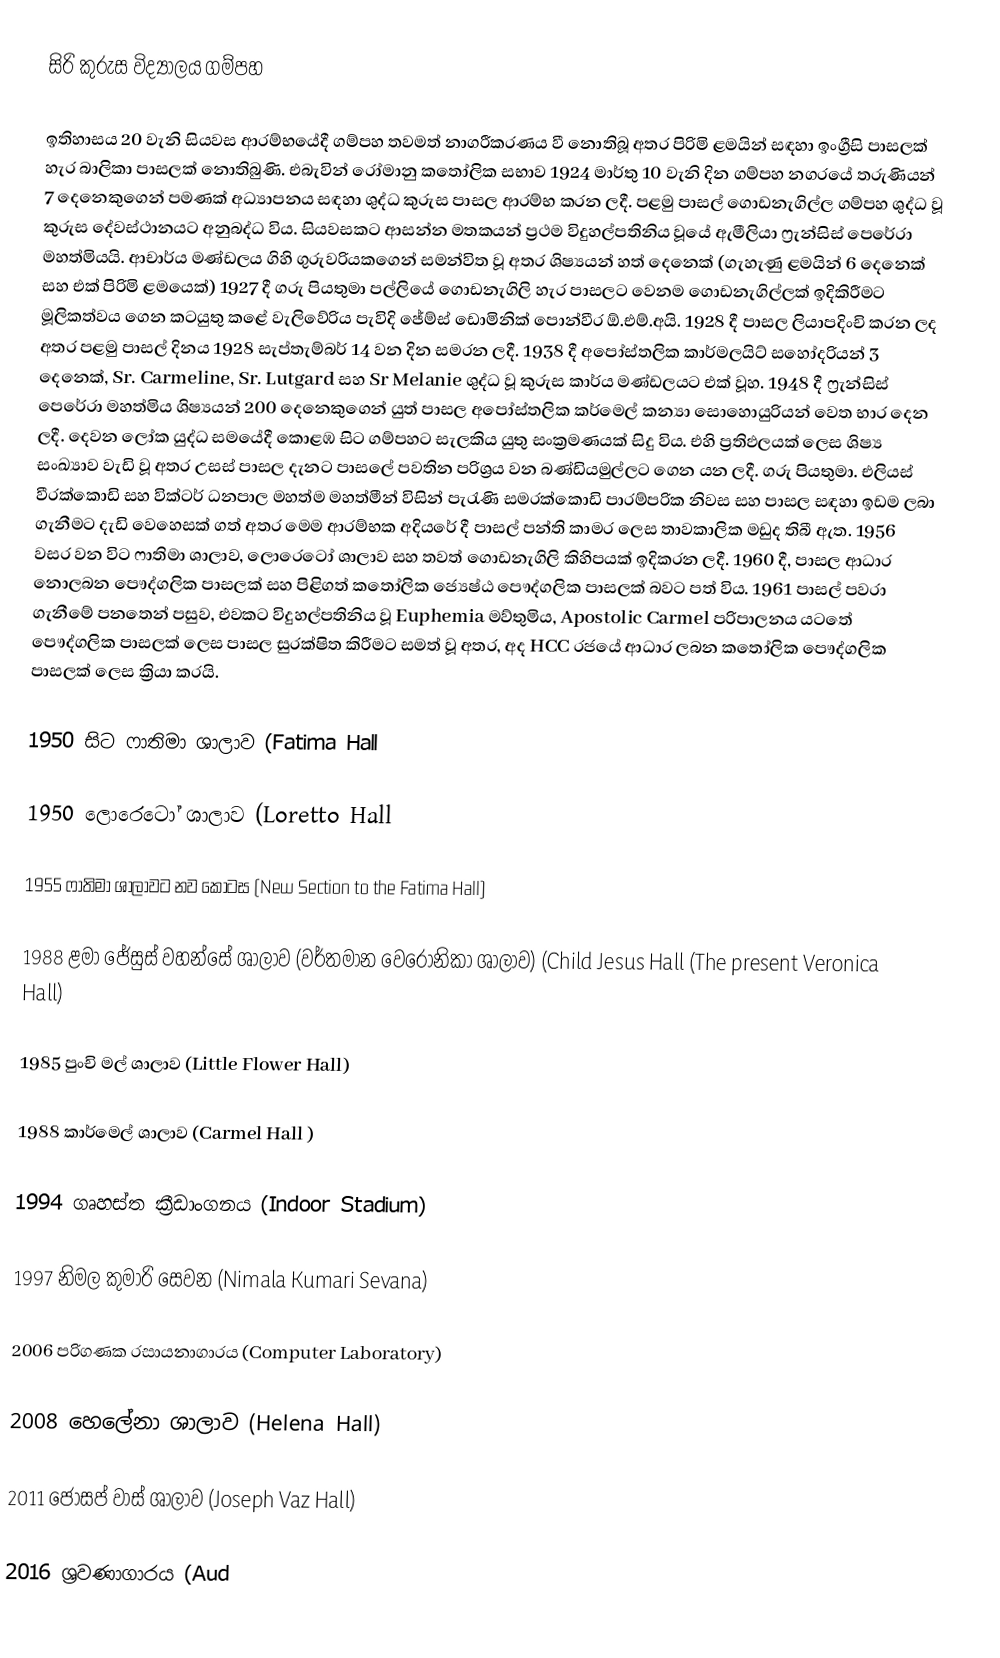
සිරි කුරුස විද්‍යාලය ගම්පහ

ඉතිහාසය 20 වැනි සියවස ආරම්භයේදී ගම්පහ තවමත් නාගරීකරණය වී නොතිබූ අතර පිරිමි ළමයින් සඳහා ඉංග්‍රීසි පාසලක් හැර බාලිකා පාසලක් නොතිබුණි. එබැවින් රෝමානු කතෝලික සභාව 1924 මාර්තු 10 වැනි දින ගම්පහ නගරයේ තරුණියන් 7 දෙනෙකුගෙන් පමණක් අධ්‍යාපනය සඳහා ශුද්ධ කුරුස පාසල ආරම්භ කරන ලදී. පළමු පාසල් ගොඩනැගිල්ල ගම්පහ ශුද්ධ වූ කුරුස දේවස්ථානයට අනුබද්ධ විය. සියවසකට ආසන්න මතකයන් ප්‍රථම විදුහල්පතිනිය වූයේ ඇමීලියා ෆ්‍රැන්සිස් පෙරේරා මහත්මියයි. ආචාර්ය මණ්ඩලය ගිහි ගුරුවරියකගෙන් සමන්විත වූ අතර ශිෂ්‍යයන් හත් දෙනෙක් (ගැහැණු ළමයින් 6 දෙනෙක් සහ එක් පිරිමි ළමයෙක්) 1927 දී ගරු පියතුමා පල්ලියේ ගොඩනැගිලි හැර පාසලට වෙනම ගොඩනැගිල්ලක් ඉදිකිරීමට මූලිකත්වය ගෙන කටයුතු කළේ වැලිවේරිය පැවිදි ජේම්ස් ඩොමිනික් පොන්වීර ඕ.එම්.අයි. 1928 දී පාසල ලියාපදිංචි කරන ලද අතර පළමු පාසල් දිනය 1928 සැප්තැම්බර් 14 වන දින සමරන ලදී. 1938 දී අපෝස්තලික කාර්මලයිට් සහෝදරියන් 3 දෙනෙක්, Sr. Carmeline, Sr. Lutgard සහ Sr Melanie ශුද්ධ වූ කුරුස කාර්ය මණ්ඩලයට එක් වූහ. 1948 දී ෆ්‍රැන්සිස් පෙරේරා මහත්මිය ශිෂ්‍යයන් 200 දෙනෙකුගෙන් යුත් පාසල අපෝස්තලික කර්මෙල් කන්‍යා සොහොයුරියන් වෙත භාර දෙන ලදී. දෙවන ලෝක යුද්ධ සමයේදී කොළඹ සිට ගම්පහට සැලකිය යුතු සංක්‍රමණයක් සිදු විය. එහි ප්‍රතිඵලයක් ලෙස ශිෂ්‍ය සංඛ්‍යාව වැඩි වූ අතර උසස් පාසල දැනට පාසලේ පවතින පරිශ්‍රය වන බණ්ඩියමුල්ලට ගෙන යන ලදී. ගරු පියතුමා. එලියස් වීරක්කොඩි සහ වික්ටර් ධනපාල මහත්ම මහත්මීන් විසින් පැරැණි සමරක්කොඩි පාරම්පරික නිවස සහ පාසල සඳහා ඉඩම ලබා ගැනීමට දැඩි වෙහෙසක් ගත් අතර මෙම ආරම්භක අදියරේ දී පාසල් පන්ති කාමර ලෙස තාවකාලික මඩුද තිබී ඇත. 1956 වසර වන විට ෆාතිමා ශාලාව, ලොරෙටෝ ශාලාව සහ තවත් ගොඩනැගිලි කිහිපයක් ඉදිකරන ලදී. 1960 දී, පාසල ආධාර නොලබන පෞද්ගලික පාසලක් සහ පිළිගත් කතෝලික ජ්‍යෙෂ්ඨ පෞද්ගලික පාසලක් බවට පත් විය. 1961 පාසල් පවරා ගැනීමේ පනතෙන් පසුව, එවකට විදුහල්පතිනිය වූ Euphemia මව්තුමිය, Apostolic Carmel පරිපාලනය යටතේ පෞද්ගලික පාසලක් ලෙස පාසල සුරක්ෂිත කිරීමට සමත් වූ අතර, අද HCC රජයේ ආධාර ලබන කතෝලික පෞද්ගලික පාසලක් ලෙස ක්‍රියා කරයි.

1950 සිට ෆාතිමා ශාලාව (Fatima Hall

1950 ලොරෙටෝ ශාලාව (Loretto Hall

1955 ෆාතිමා ශාලාවට නව කොටස (New Section to the Fatima Hall)

1988 ළමා ජේසුස් වහන්සේ ශාලාව (වර්තමාන වෙරෝනිකා ශාලාව) (Child Jesus Hall (The present Veronica Hall)

1985 පුංචි මල් ශාලාව (Little Flower Hall)

1988 කාර්මෙල් ශාලාව (Carmel Hall )

1994 ගෘහස්ත ක්‍රීඩාංගනය (Indoor Stadium)

1997 නිමල කුමාරි සෙවන (Nimala Kumari Sevana)

2006 පරිගණක රසායනාගාරය (Computer Laboratory)

2008 හෙලේනා ශාලාව (Helena Hall)

2011 ජෝසප් වාස් ශාලාව (Joseph Vaz Hall)

2016 ශ්‍රවණාගාරය (Aud